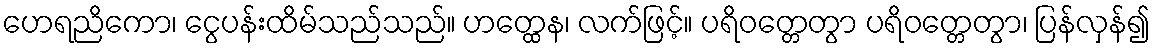
ဟေရညိကော၊ ငွေပန်းထိမ်သည်သည်။ ဟတ္ထေန၊ လက်ဖြင့်။ ပရိဝတ္တေတွာ ပရိဝတ္တေတွာ၊ ပြန်လှန်၍